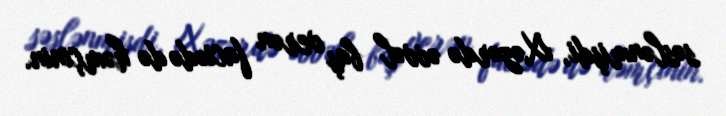
səslənmişdi, Xəzərdə əvvəl baş verən faciədə də həmçinin.